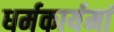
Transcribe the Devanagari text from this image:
धर्मकार्यमां